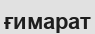
ғимарат